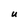
Character: U